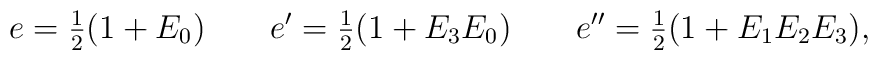
e= {\textstyle\frac{1}{2}} (1 + E_0) \qquad e' = {\textstyle\frac{1}{2}} (1 + E_3 E_0) \qquad e'' = {\textstyle\frac{1}{2}} (1 + E_1 E_2 E_3)  ,